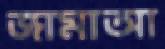
জামাআ